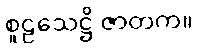
စူဠသေဋ္ဌိ ဇာတက။